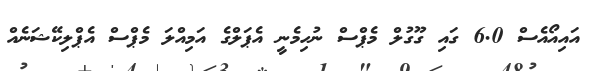
އައިއޯއެސް 6.0 ގައި ގޫގުލް މެޕްސް ނުހިމެނީ އެޕަލްގެ އަމިއްލަ މެޕްސް އެޕްލިކޭޝަނެއް